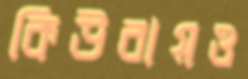
কিউবায়ও